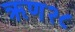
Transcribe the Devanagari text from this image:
ऋण२८